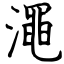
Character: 澠